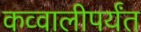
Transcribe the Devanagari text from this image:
कव्वालीपर्यंत